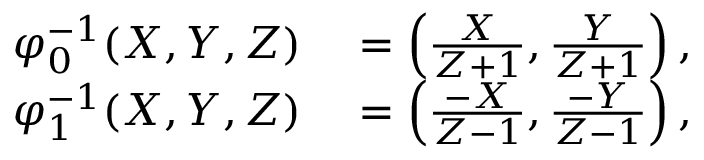
\begin{array} { r l } { \varphi _ { 0 } ^ { - 1 } ( X , Y , Z ) } & { { } = \left( { \frac { X } { Z + 1 } } , { \frac { Y } { Z + 1 } } \right) , } \\ { \varphi _ { 1 } ^ { - 1 } ( X , Y , Z ) } & { { } = \left( { \frac { - X } { Z - 1 } } , { \frac { - Y } { Z - 1 } } \right) , } \end{array}